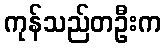
ကုန်သည်တဦးက